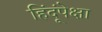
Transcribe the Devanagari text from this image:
हिंदूंपेक्षा